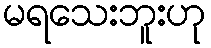
မရသေးဘူးဟု